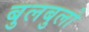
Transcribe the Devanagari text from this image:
बुलबुलो